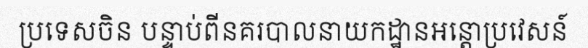
ប្រទេសចិន បន្ទាប់ពីនគរបាលនាយកដ្ឋានអន្តោប្រវេសន៍